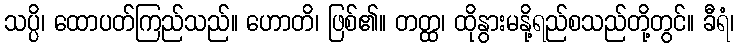
သပ္ပိ၊ ထောပတ်ကြည်သည်။ ဟောတိ၊ ဖြစ်၏။ တတ္ထ၊ ထိုနွားမနို့ရည်စသည်တို့တွင်။ ခီရံ၊